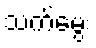
သက်မွေး